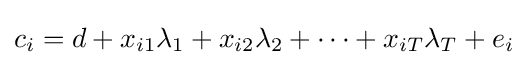
c_{i}=d+x_{i1}\lambda _{1}+x_{i2}\lambda _{2}+\dots +x_{iT}\lambda _{T}+e_{i}